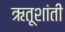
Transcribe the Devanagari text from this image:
ऋतूशांती